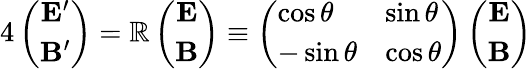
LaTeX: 4\left(\begin{array}{c}{{{\mathbf E}^{\prime}}}\\ {{{\mathbf B}^{\prime}}}\end{array}\right)=\mathbb{R}\left(\begin{array}{c}{{{\mathbf E}}}\\ {{{\mathbf B}}}\end{array}\right)\equiv\left(\begin{array}{ll}{{\cos\theta}}&{{\sin\theta}}\\ {{-\sin\theta}}&{{\cos\theta}}\end{array}\right)\left(\begin{array}{c}{{{\mathbf E}}}\\ {{{\mathbf B}}}\end{array}\right)